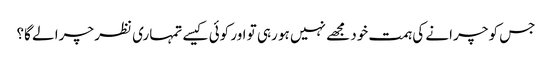
جس کو چرانے کی ہمت خود مجھے نہیں ہو رہی تو اور کوئی کیسے تمہاری نظر چرا لے گا؟